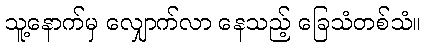
သူ့နောက်မှ လျှောက်လာ နေသည့် ခြေသံတစ်သံ။